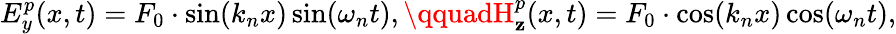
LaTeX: E_{y}^{p}(x,t)=F_{0}\cdot\sin(k_{n}x)\sin(\omega_{n}t),\qquadH_{\mathbf{z}}^{p}(x,t)=F_{0}\cdot\cos(k_{n}x)\cos(\omega_{n}t),